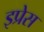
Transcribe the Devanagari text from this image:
इप्रेस